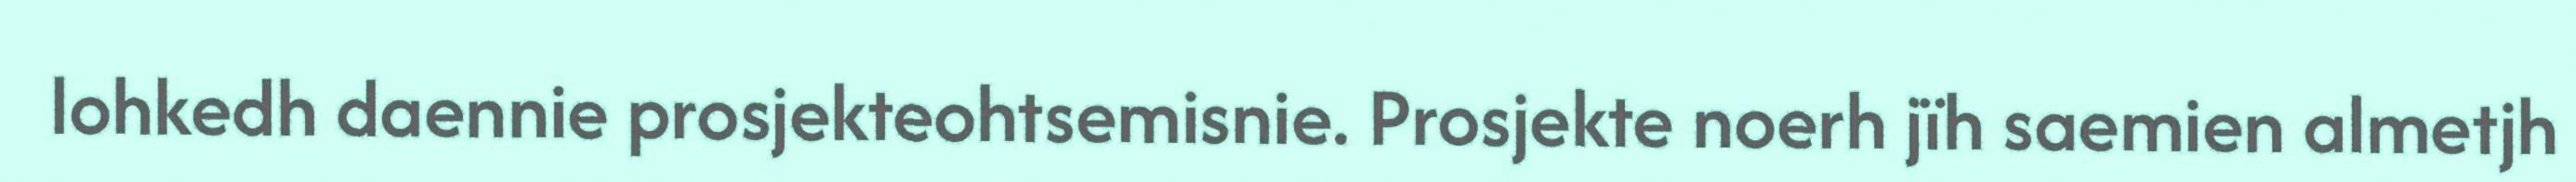
lohkedh daennie prosjekteohtsemisnie. Prosjekte noerh jïh saemien almetjh